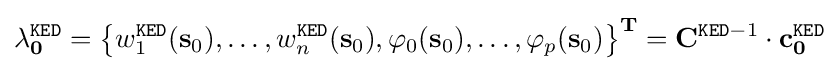
\mathbf {\lambda } _{\mathbf {0} }^{\mathtt {KED}}=\left\{w_{1}^{\mathtt {KED}}(\mathbf {s} _{0}),\ldots ,w_{n}^{\mathtt {KED}}(\mathbf {s} _{0}),\varphi _{0}(\mathbf {s} _{0}),\ldots ,\varphi _{p}(\mathbf {s} _{0})\right\}^{\mathbf {T} }=\mathbf {C} ^{{\mathtt {KED}}-1}\cdot \mathbf {c} _{\mathbf {0} }^{\mathtt {KED}}